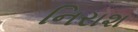
નિરાશ